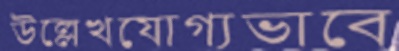
উল্লেখযোগ্যভাবে